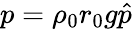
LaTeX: p=\rho_{0}r_{0}g\hat{p}